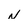
Character: N